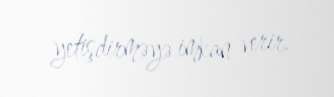
yetişdirməyə imkan verir.